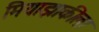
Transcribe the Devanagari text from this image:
मियाझाकीला